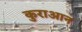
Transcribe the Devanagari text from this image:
कुराआन